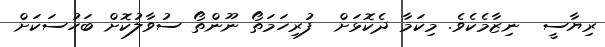
ރިޔާސީ  ނިޒާމެކެވެ. މިކަމާ ދެކޮޅަށް  ފުރިހަމަތޯ ނޫންތޯ ސުވާލުކޮށް ބަހުސަކަށް